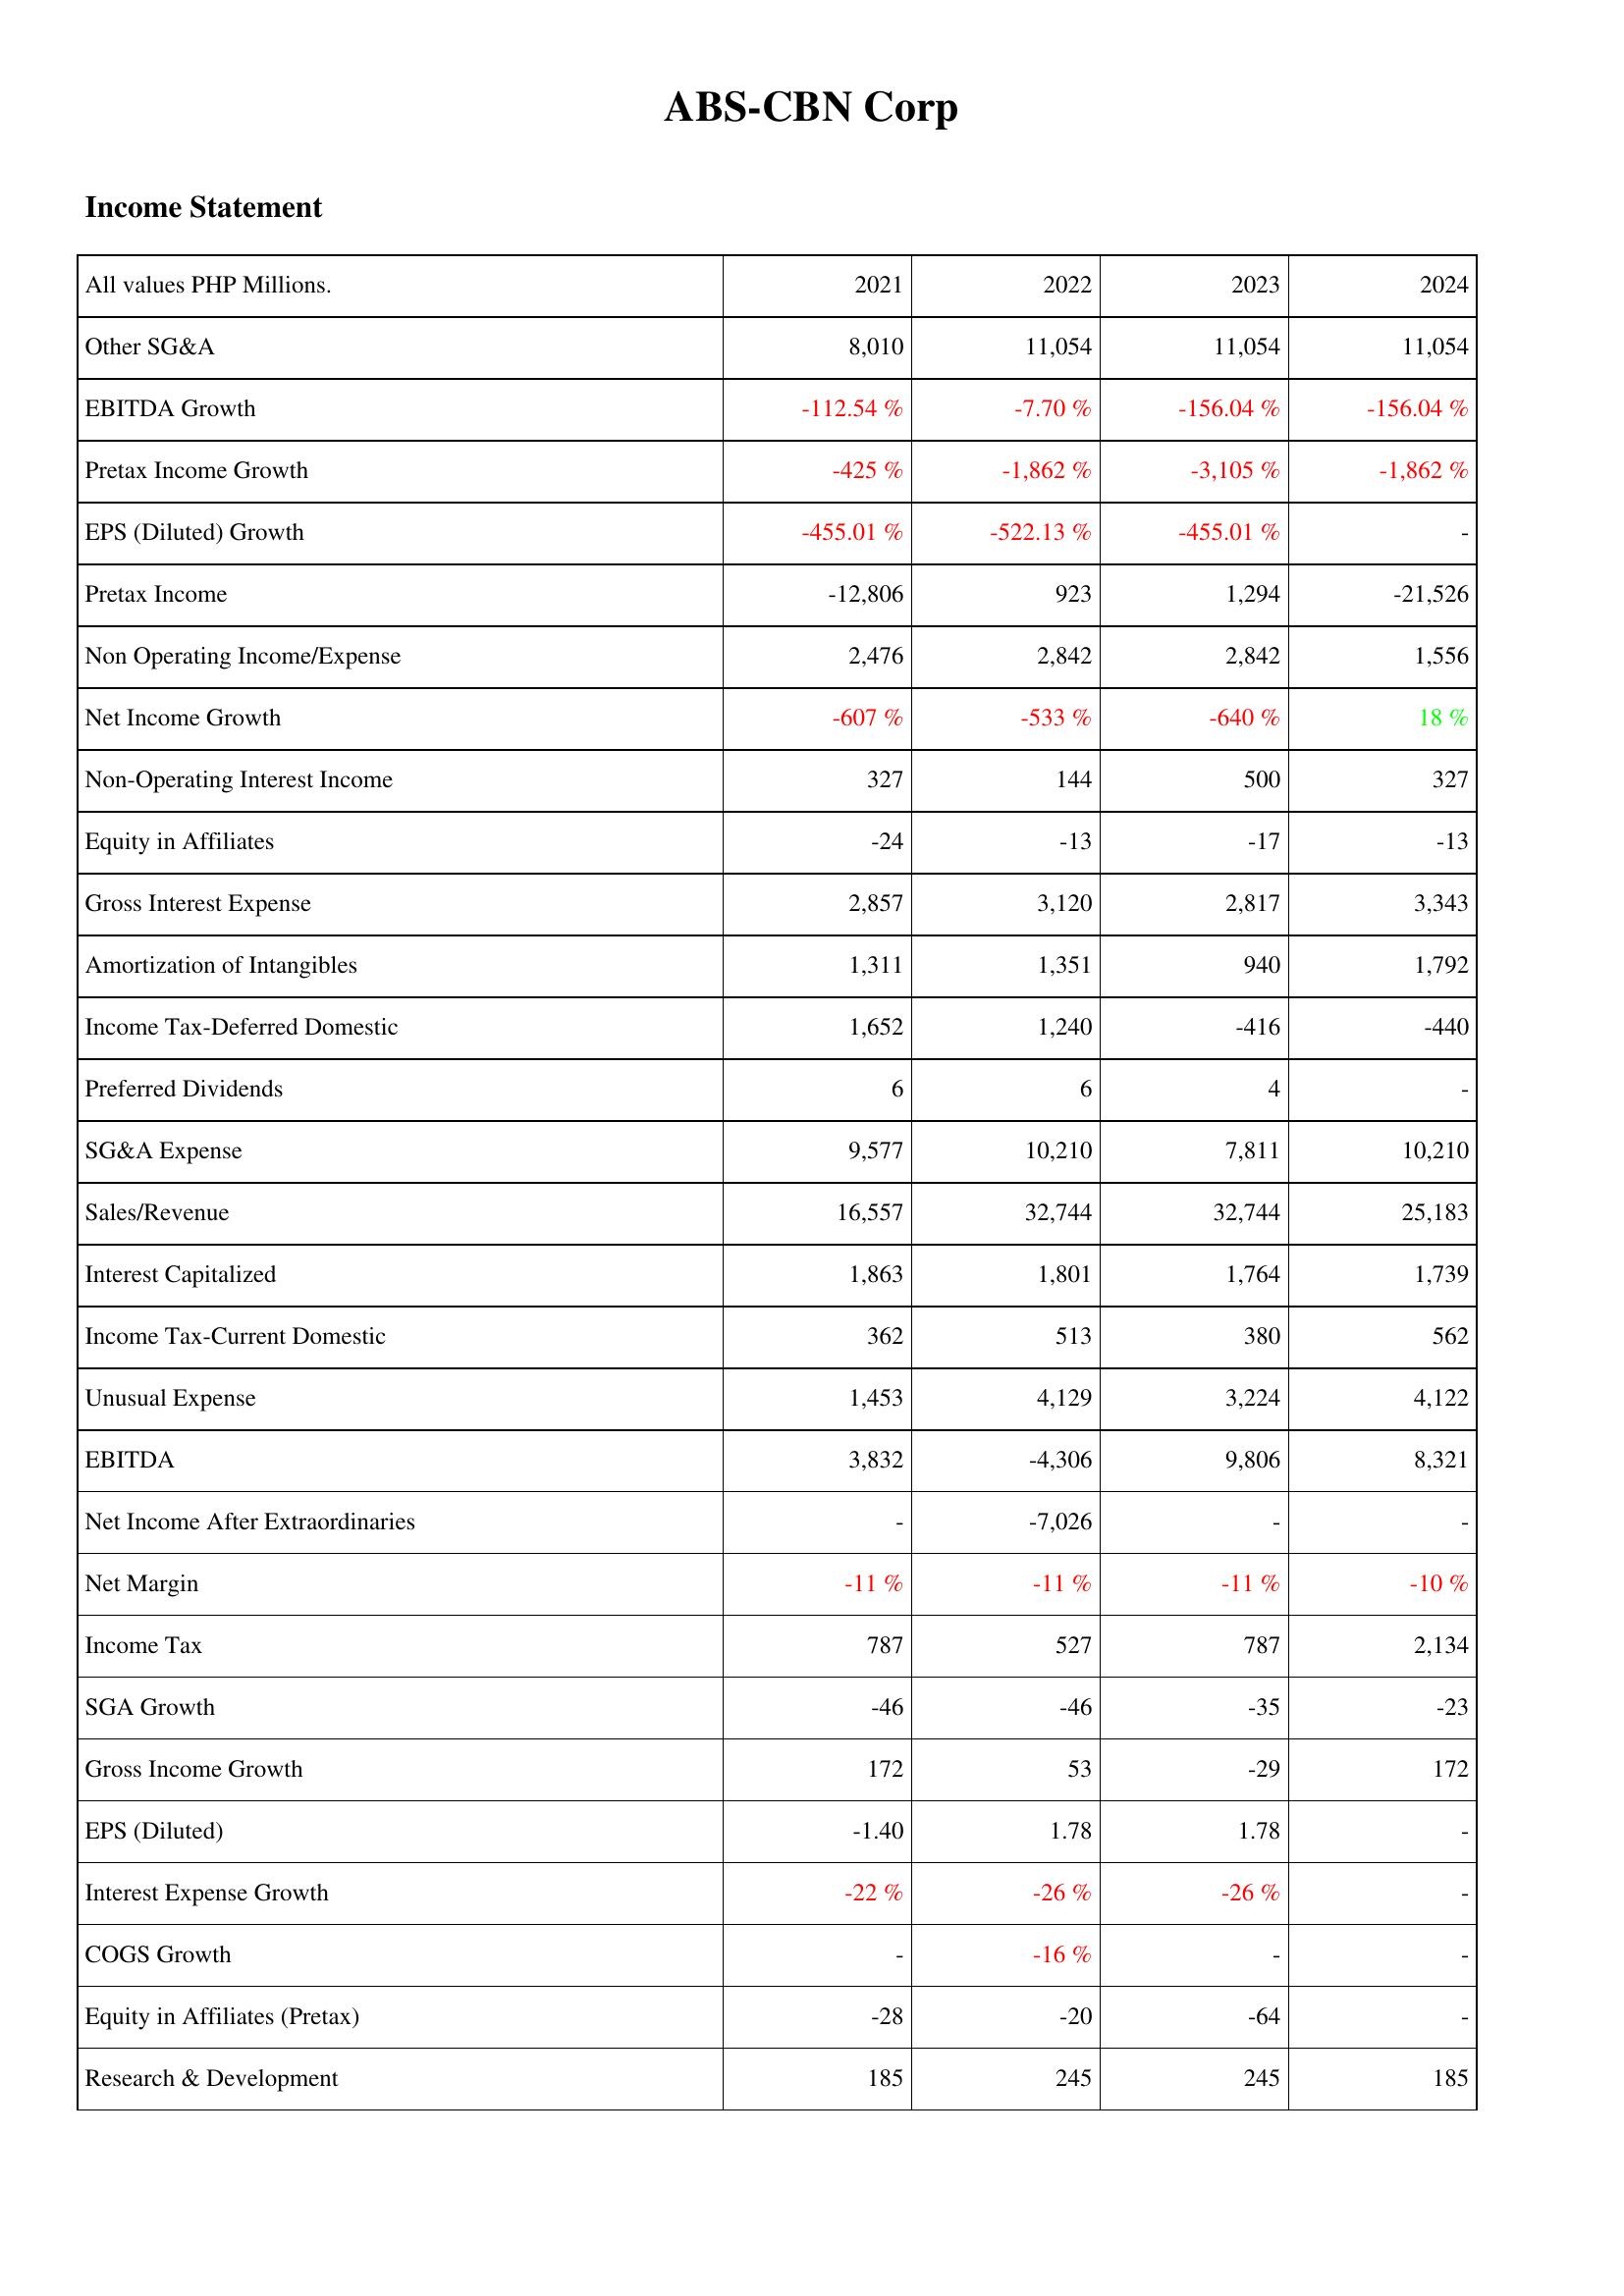
2021: Income Statement: Other SG&A: 8,010
EBITDA Growth: -112.54 %
Pretax Income Growth: -425 %
EPS (Diluted) Growth: -455.01 %
Pretax Income: -12,806
Non Operating Income/Expense: 2,476
Net Income Growth: -607 %
Non-Operating Interest Income: 327
Equity in Affiliates: -24
Gross Interest Expense: 2,857
Amortization of Intangibles: 1,311
Income Tax-Deferred Domestic: 1,652
Preferred Dividends: 6
SG&A Expense: 9,577
Sales/Revenue: 16,557
Interest Capitalized: 1,863
Income Tax-Current Domestic: 362
Unusual Expense: 1,453
EBITDA: 3,832
Net Income After Extraordinaries: -
Net Margin: -11 %
Income Tax: 787
SGA Growth: -46
Gross Income Growth: 172
EPS (Diluted): -1.40
Interest Expense Growth: -22 %
COGS Growth: -
Equity in Affiliates (Pretax): -28
Research & Development: 185
2022: Income Statement: Other SG&A: 11,054
EBITDA Growth: -7.70 %
Pretax Income Growth: -1,862 %
EPS (Diluted) Growth: -522.13 %
Pretax Income: 923
Non Operating Income/Expense: 2,842
Net Income Growth: -533 %
Non-Operating Interest Income: 144
Equity in Affiliates: -13
Gross Interest Expense: 3,120
Amortization of Intangibles: 1,351
Income Tax-Deferred Domestic: 1,240
Preferred Dividends: 6
SG&A Expense: 10,210
Sales/Revenue: 32,744
Interest Capitalized: 1,801
Income Tax-Current Domestic: 513
Unusual Expense: 4,129
EBITDA: -4,306
Net Income After Extraordinaries: -7,026
Net Margin: -11 %
Income Tax: 527
SGA Growth: -46
Gross Income Growth: 53
EPS (Diluted): 1.78
Interest Expense Growth: -26 %
COGS Growth: -16 %
Equity in Affiliates (Pretax): -20
Research & Development: 245
2023: Income Statement: Other SG&A: 11,054
EBITDA Growth: -156.04 %
Pretax Income Growth: -3,105 %
EPS (Diluted) Growth: -455.01 %
Pretax Income: 1,294
Non Operating Income/Expense: 2,842
Net Income Growth: -640 %
Non-Operating Interest Income: 500
Equity in Affiliates: -17
Gross Interest Expense: 2,817
Amortization of Intangibles: 940
Income Tax-Deferred Domestic: -416
Preferred Dividends: 4
SG&A Expense: 7,811
Sales/Revenue: 32,744
Interest Capitalized: 1,764
Income Tax-Current Domestic: 380
Unusual Expense: 3,224
EBITDA: 9,806
Net Income After Extraordinaries: -
Net Margin: -11 %
Income Tax: 787
SGA Growth: -35
Gross Income Growth: -29
EPS (Diluted): 1.78
Interest Expense Growth: -26 %
COGS Growth: -
Equity in Affiliates (Pretax): -64
Research & Development: 245
2024: Income Statement: Other SG&A: 11,054
EBITDA Growth: -156.04 %
Pretax Income Growth: -1,862 %
EPS (Diluted) Growth: -
Pretax Income: -21,526
Non Operating Income/Expense: 1,556
Net Income Growth: 18 %
Non-Operating Interest Income: 327
Equity in Affiliates: -13
Gross Interest Expense: 3,343
Amortization of Intangibles: 1,792
Income Tax-Deferred Domestic: -440
Preferred Dividends: -
SG&A Expense: 10,210
Sales/Revenue: 25,183
Interest Capitalized: 1,739
Income Tax-Current Domestic: 562
Unusual Expense: 4,122
EBITDA: 8,321
Net Income After Extraordinaries: -
Net Margin: -10 %
Income Tax: 2,134
SGA Growth: -23
Gross Income Growth: 172
EPS (Diluted): -
Interest Expense Growth: -
COGS Growth: -
Equity in Affiliates (Pretax): -
Research & Development: 185